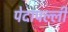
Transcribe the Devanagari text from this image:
पेदापल्ली